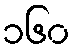
၁၆၀